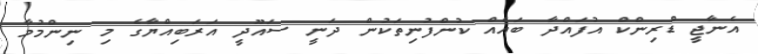
އެނާޖީ ޑްރިންކް އުފައްދާ ބައެއް ކުންފުނިތަކުން ދަނީ ސައޫދީ އަރަބިއްޔާގެ މި ނިންމުމާ